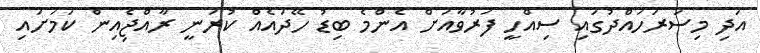
އަދި މިސަރަހައްދުގައި ސިއްހީ ފަރުވާއަށް އެންމެ ބިޑު ހޭދައެއް ކުރަނީ ރާއްޖެިއިން ކަމަށައި